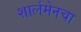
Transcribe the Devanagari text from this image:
शार्लमेनचा